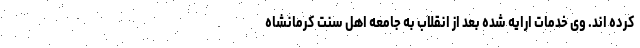
کرده اند. وی خدمات ارایه شده بعد از انقلاب به جامعه اهل سنت کرمانشاه